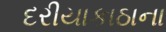
દરીયાકાઠાના